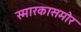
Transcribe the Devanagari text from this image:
स्मारकासमोर